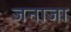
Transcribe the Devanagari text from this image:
जनाजा